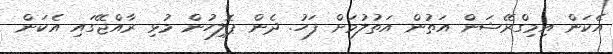
އެކަން އިމިގްރޭޝަން އަތުން އަތުލުމަށް ފަހު. ދެން ޕޮލިހުން މުޅި ރާއްޖޭގައި އެކަން